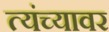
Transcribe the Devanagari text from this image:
त्यंच्यावर